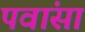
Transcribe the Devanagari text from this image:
पवांसा